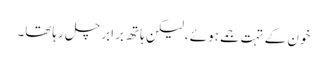
خون کے تہت جمے ہوئے ،لیکن ہاتھ برابر چل رہاتھا۔